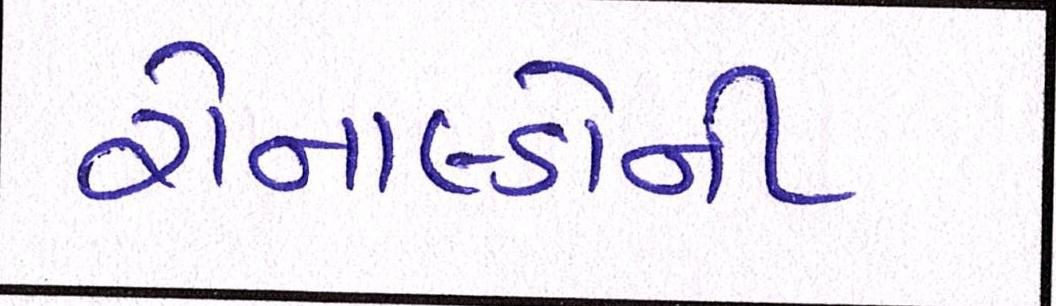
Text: રોનાલ્ડોની